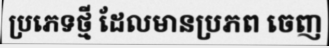
ប្រភេទថ្មី ដែលមានប្រភព ចេញ